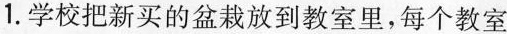
1.学校把新买的盆栽放到教室里，每个教室